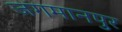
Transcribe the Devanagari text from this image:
जगमानपुर